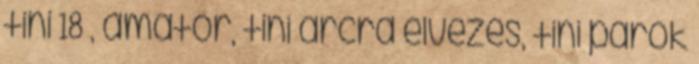
tini 18 , amatőr, tini arcra élvezés, tini parok